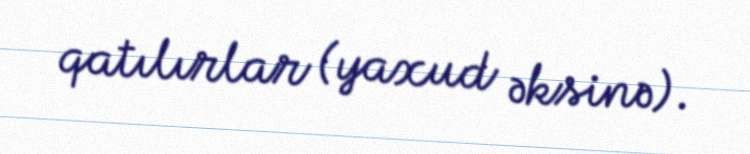
qatılırlar (yaxud əksinə).